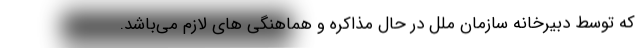
که توسط دبیرخانه سازمان ملل در حال مذاکره و هماهنگی های لازم می‌باشد.